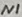
Text: N1